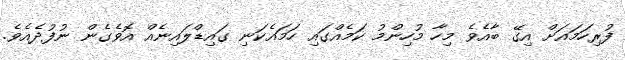
ފުރިހަމައަށް އިގޭ ބާއެވެ މިހާ މުހިންމު ކަމެއްގައި ހަމައެކަނި ގައިޑްލައިނެއް އޮވެގެން ނުފުދެއެވެ.